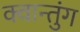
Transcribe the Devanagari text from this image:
क्वान्तुंग